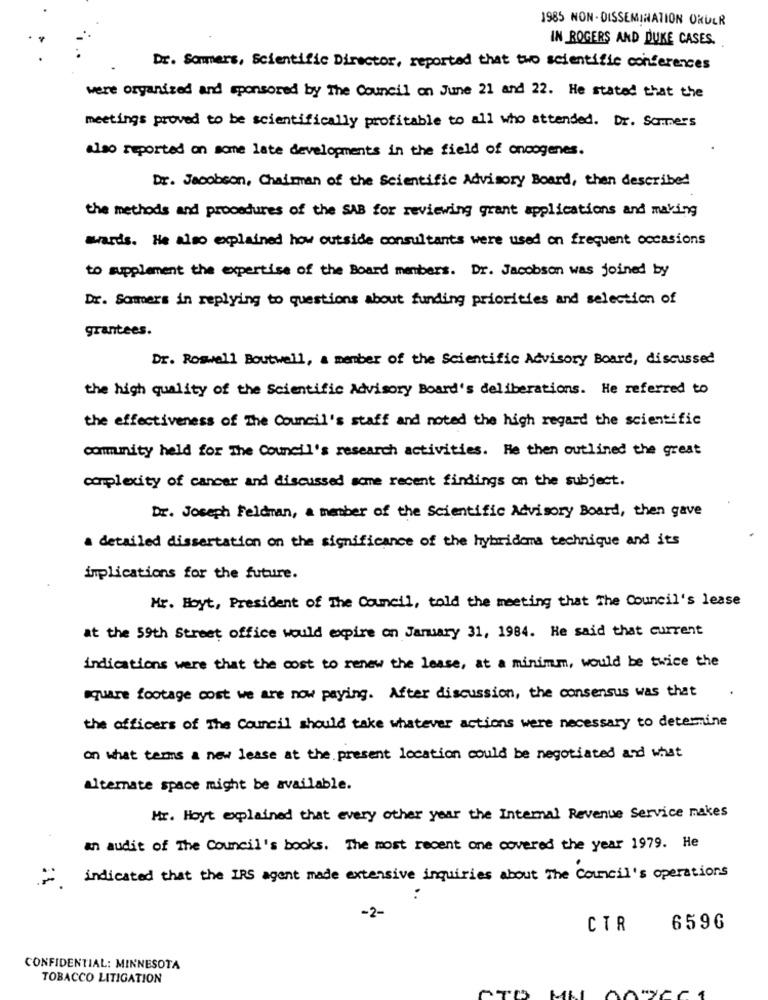
1985 NON- DISSEMINATION ORULR
IN ROGERS AND DUKE CASES.
Dr. Sommers, Scientific Director, reported that two scientific conferences
were organized and sponsored by The Council on June 21 and 22. He stated that the
meetings proved to be scientifically profitable to all who attended. Dr. Sommers
also reported on some late developments in the field of oncogenes.
Dr. Jacobson, Chairman of the Scientific Advisory Board, then described
the methods and procedures of the SAB for reviewing grant applications and making
awards. He also explained how outside consultants were used on frequent occasions
to supplement the expertise of the Board members. Dr. Jacobson was joined by
Dr. Somers in replying to questions about funding priorities and selection of
grantees.
Dr. Roswell Boutwall, a member of the Scientific Advisory Board, discussed
the high quality of the Scientific Advisory Board's deliberations. He referred to
the effectiveness of The Council's staff and noted the high regard the scientific
community held for The Council's research activities. He then outlined the great
complexity of cancer and discussed some recent findings on the subject.
Dr. Joseph Feldman, a member of the Scientific Advisory Board, then gave
a detailed dissertation on the significance of the hybridoma technique and its
implications for the future.
Hr. Hoyt, President of The Council, told the meeting that The Council's lease
at the 59th Street office would expire on January 31, 1984. He said that current
indications were that the cost to renew the lease, at a minimm, would be twice the
square footage cost we are now paying. After discussion, the consensus was that
the officers of The Council should take whatever actions were necessary to determine
on what terms a new lease at the present location could be negotiated and what
alternate space might be available.
Mr. Hoyt explained that every other year the Internal Revenue Service makes
an audit of The Council's books. The most recent one covered the year 1979. He
indicated that the IRS agent made extensive inquiries about The Council's operations
-2-
CTR
6596
CONFIDENTIAL: MINNESOTA
TOBACCO LITIGATION
MI